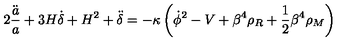
2 \frac { \ddot { a } } { a } + 3 H \dot { \delta } + H ^ { 2 } + \ddot { \delta } = - \kappa \left( \dot { \phi } ^ { 2 } - V + \beta ^ { 4 } \rho _ { R } + { \frac { 1 } { 2 } } \beta ^ { 4 } \rho _ { M } \right)